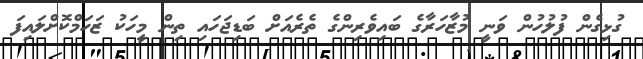
ގުޅިގެން ފުލުހުން ވަނީ މުޒާހަރާގެ ބައިވެރިންގެ ތެރެއަށް ބަޑިޖަހައި ތިން މީހަކު ޒަހަމްކޮށްލައިފަ